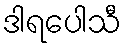
ဒါရပေါသီ